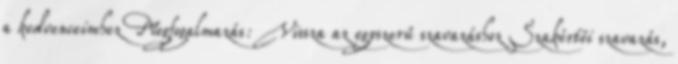
a kedvenceimhez Megfogalmazás: Vissza az egyszerű szavazáshoz Szakértői szavazás,